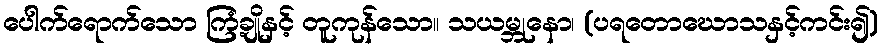
ပေါက်ရောက်သော ကြံ့ချိုနှင့် တူကုန်သော။ သယမ္ဘုနော၊ (ပရတောဃောသနှင့်ကင်း၍)